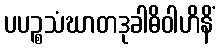
ပပဉ္စသံဃာတဒုခါဓိဝါဟိနိံ